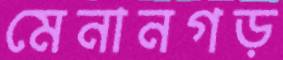
মেনানগড়